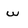
Character: w